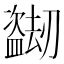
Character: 𬐼